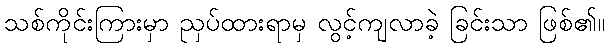
သစ်ကိုင်းကြားမှာ ညှပ်ထားရာမှ လွင့်ကျလာခဲ့ ခြင်းသာ ဖြစ်၏။